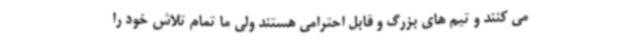
می کنند و تیم های بزرگ و قابل احترامی هستند ولی ما تمام تلاش خود را